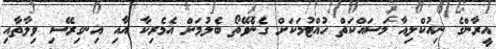
އީރާންގެ ނިއުކްލިއާ މަސައްކަތް ހުއްޓުމަކަށް ގެނެވޭތޯ ބެލުމަށް އެމެރިކާ އާއި އިނގިރޭސި ވިލާތާއި